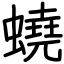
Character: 蟯